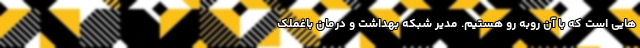
هایی است که با آن روبه رو هستیم. مدیر شبکه بهداشت و درمان باغملک